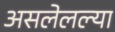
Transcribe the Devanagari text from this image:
असलेलल्या